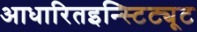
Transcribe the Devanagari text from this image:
आधारितइन्स्टिट्यूट